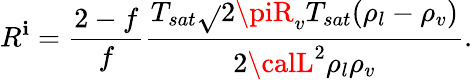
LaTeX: R^{\mathbf{i}}=\frac{{2-f}}{{f}}\frac{{T_{sat}\sqrt{}{{2\piR_{v}T_{sat}}}(\rho_{l}-\rho_{v})}}{{2{\calL}^{2}\rho_{l}\rho_{v}}}.